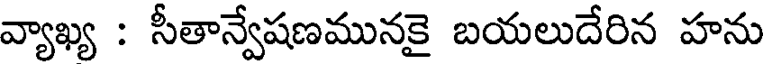
వ్యాఖ్య : సీతాన్వేషణమునకై బయలుదేరిన హను